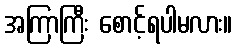
အကြာကြီး စောင့်ရပါမလား။